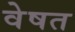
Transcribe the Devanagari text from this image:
वेषत